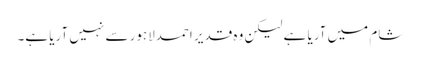
شام میں آریا ہے لیکن وہ قدیر احمدلاہور سے نہیں آریا ہے۔